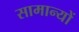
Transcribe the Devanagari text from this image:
सामान्यों